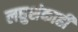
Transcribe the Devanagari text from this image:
लघुशंकाही